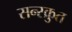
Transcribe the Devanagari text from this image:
सन्स्क्रुत